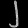
Digit: ၂